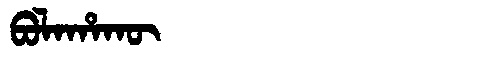
Manchu: ᠪᠣᠯᠠᡥᠠᡴᡡ
Romanization: BOLAHAKŪ